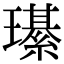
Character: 𤪌